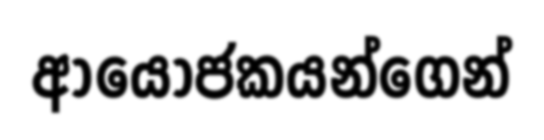
ආයෝජකයන්ගෙන්